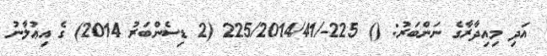
އަދި މިއިދާރާގެ ނަންބަރު: () 225-/225/2014/41 (2 ޑިސެންބަރު 2014) ގެ އިޢުލާނު